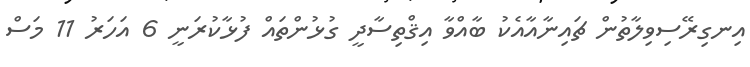
އިނގިރޭސިވިލާތުން ޗައިނާއާއެކު ބާއްވާ އިޤްތިސާދީ ގުޅުންތައް ފުޅާކުރަނީ 6 އަހަރު 11 މަސް